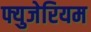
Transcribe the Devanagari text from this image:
फ्युजेरियम